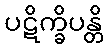
ပဋိက္ခိပန္တိ